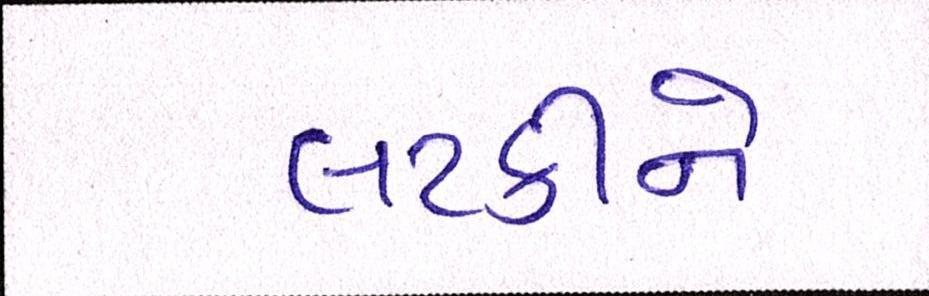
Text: લટકીને